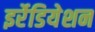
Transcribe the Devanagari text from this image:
इर्रेडियेशन